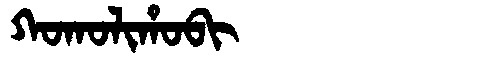
Manchu: ᡴᠣᡴᠣᠯᡳᡥᠣᠪᡳ
Romanization: KOKOLIHOBI